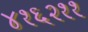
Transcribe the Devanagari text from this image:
४१६२११